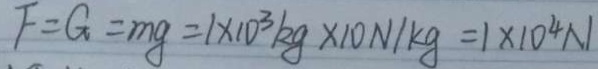
F = G = m g = 1 \times 1 0 ^ { 3 } k g \times 1 0 N / k g = 1 \times 1 0 ^ { 4 } N